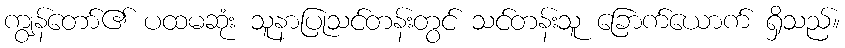
ကျွန်တော်၏ ပထမဆုံး သူနာပြုသင်တန်းတွင် သင်တန်းသူ ခြောက်ယောက် ရှိသည်။